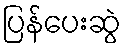
ပြန်ပေးဆွဲ